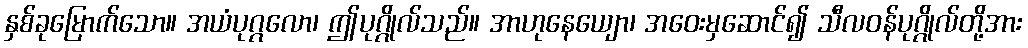
နှစ်ခုမြောက်သော။ အယံပုဂ္ဂလော၊ ဤပုဂ္ဂိုလ်သည်။ အာဟုနေယျော၊ အဝေးမှဆောင်၍ သီလဝန်ပုဂ္ဂိုလ်တို့အား